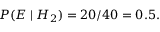
P ( E \mid H _ { 2 } ) = 2 0 / 4 0 = 0 . 5 .